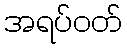
အရပ်ဝတ်